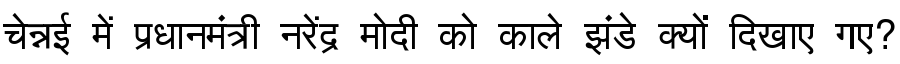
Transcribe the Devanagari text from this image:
चेन्नई में प्रधानमंत्री नरेंद्र मोदी को काले झंडे क्यों दिखाए गए?